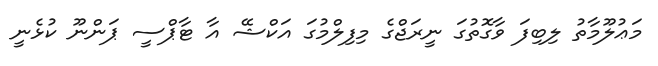
މަޢުލޫމާތު ލިބިފަ ވާގޮތުގަ ނީރަޖްގެ މިފިލްމުގަ އަކްޝޭ އާ ޓާޕްސީ ޕަންނޫ ކުޅެނީ